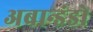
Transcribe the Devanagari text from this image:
अबान्डंडो